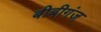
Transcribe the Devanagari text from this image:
बीबीगंज